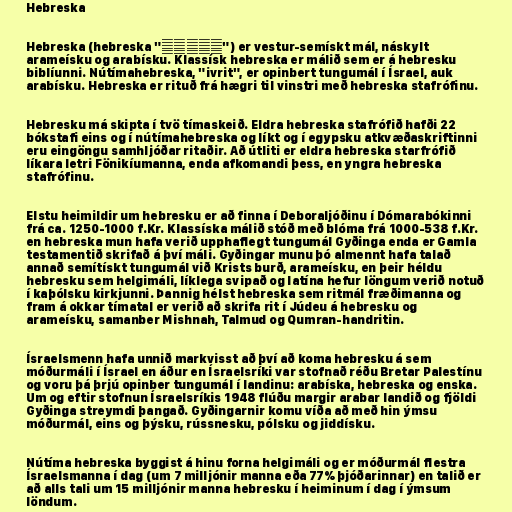
Hebreska

Hebreska (hebreska "עברית") er vestur-semískt mál, náskylt
arameísku og arabísku. Klassísk hebreska er málið sem er á hebresku
biblíunni. Nútímahebreska, "ivrit", er opinbert tungumál í Ísrael, auk
arabísku. Hebreska er rituð frá hægri til vinstri með hebreska stafrófinu.

Hebresku má skipta í tvö tímaskeið. Eldra hebreska stafrófið hafði 22
bókstafi eins og í nútímahebreska og líkt og í egypsku atkvæðaskriftinni
eru eingöngu samhljóðar ritaðir. Að útliti er eldra hebreska starfrófið
líkara letri Fönikíumanna, enda afkomandi þess, en yngra hebreska
stafrófinu.

Elstu heimildir um hebresku er að finna í Deboraljóðinu í Dómarabókinni
frá ca. 1250-1000 f.Kr. Klassíska málið stóð með blóma frá 1000-538 f.Kr.
en hebreska mun hafa verið upphaflegt tungumál Gyðinga enda er Gamla
testamentið skrifað á því máli. Gyðingar munu þó almennt hafa talað
annað semítískt tungumál við Krists burð, arameísku, en þeir héldu
hebresku sem helgimáli, líklega svipað og latína hefur löngum verið notuð
í kaþólsku kirkjunni. Þannig hélst hebreska sem ritmál fræðimanna og
fram á okkar tímatal er verið að skrifa rit í Júdeu á hebresku og
arameísku, samanber Mishnah, Talmud og Qumran-handritin.

Ísraelsmenn hafa unnið markvisst að því að koma hebresku á sem
móðurmáli í Ísrael en áður en Ísraelsríki var stofnað réðu Bretar Palestínu
og voru þá þrjú opinber tungumál í landinu: arabíska, hebreska og enska.
Um og eftir stofnun Ísraelsríkis 1948 flúðu margir arabar landið og fjöldi
Gyðinga streymdi þangað. Gyðingarnir komu víða að með hin ýmsu
móðurmál, eins og þýsku, rússnesku, pólsku og jiddísku.

Nútíma hebreska byggist á hinu forna helgimáli og er móðurmál flestra
Ísraelsmanna í dag (um 7 milljónir manna eða 77% þjóðarinnar) en talið er
að alls tali um 15 milljónir manna hebresku í heiminum í dag í ýmsum
löndum.